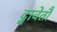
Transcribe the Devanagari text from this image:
द्वावेतौ